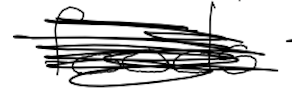
Text: foods
Cross-out: scratch
Writing tool: digital_black